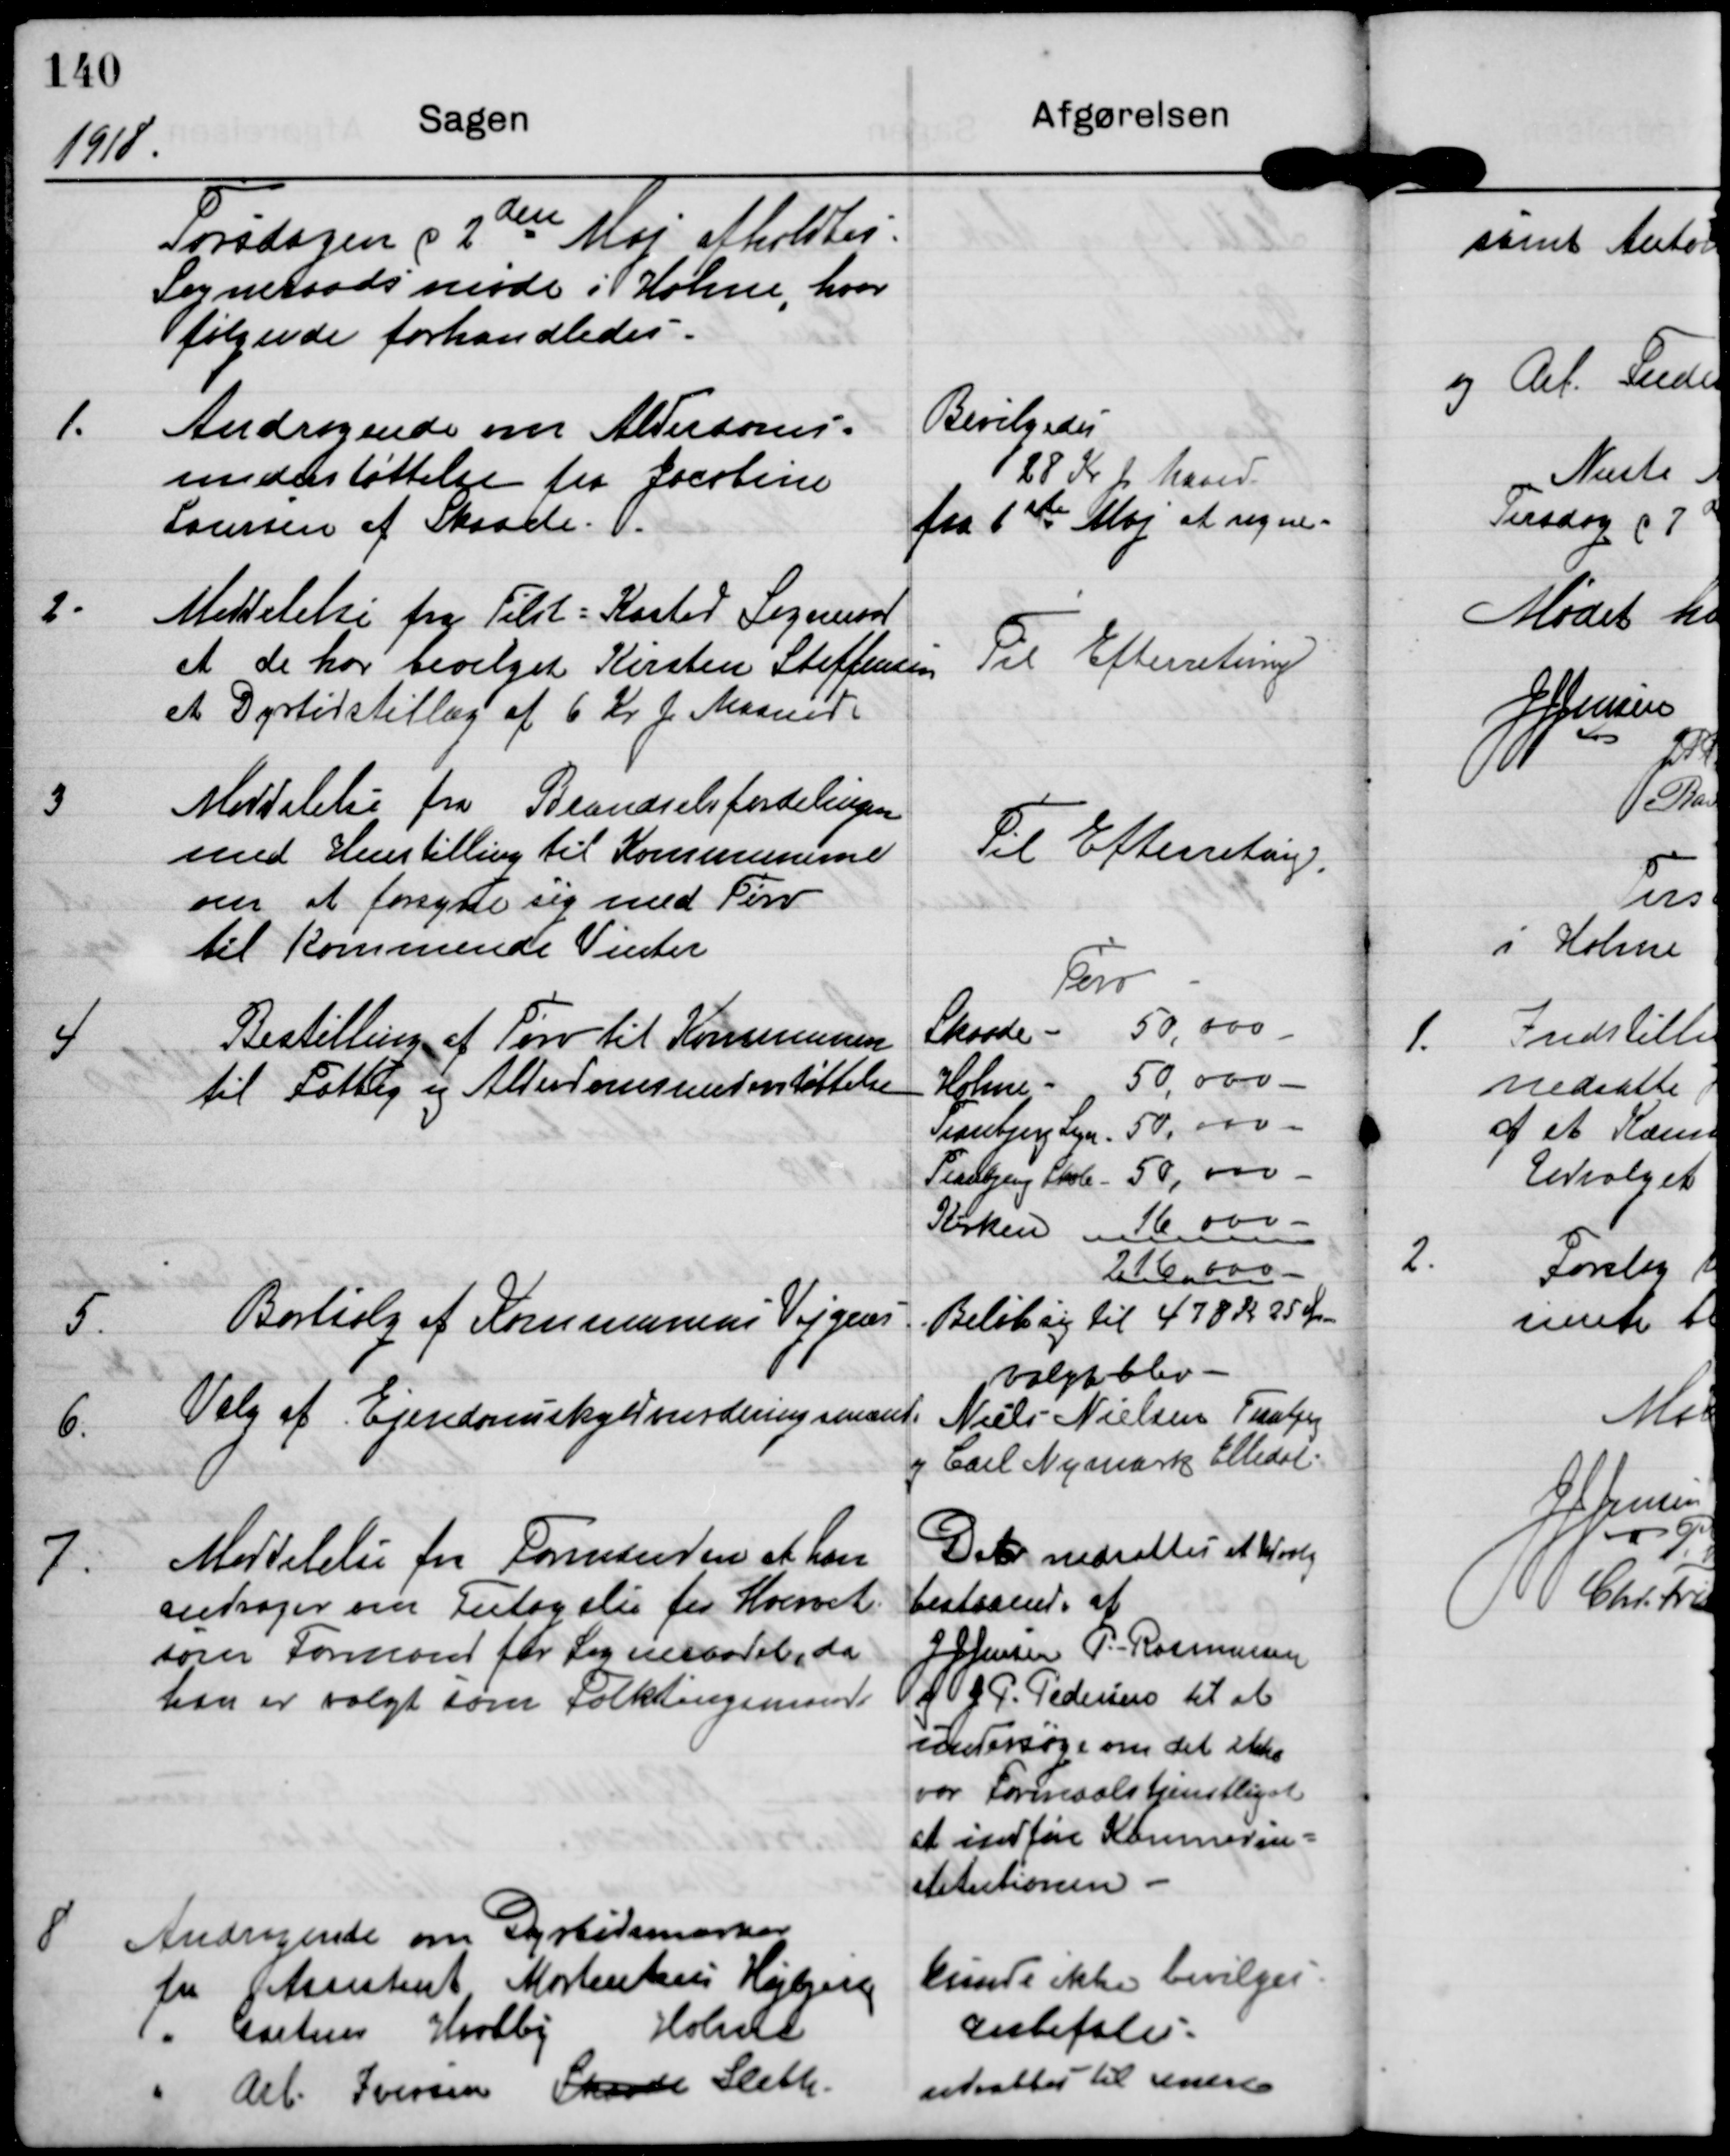
Transskription:
1918.

Torsdagen d 2den Maj afholdtes
Sogneraadsmøde i Holme, hvor
følgende forhandledes.

1.

Andragende om Alderdoms-
understøttelse fra Jacobine
Laursen af Skaade

Bevilgedes
28 Kr p Maaned
fra 1ste Maj at regne

2.

Meddelelse fra Tilst-Kasted Sogneraad
at de har bevilget Kirsten Steffensen
et Dyrtidstillæg af 6 Kr p Maaned.

Til Efterretning

3

Meddelelse fra Brændselsfordelingen
med Henstilling til Kommunerne
om at forsyne sig med Tørv
til Kommende Vinter.

Til Efterretning

4

Bestilling af Tørv til Kommunen
til Fattig og Alderdomsunderstøttelse

Tørv
Skaade - 50,000
Holme - 50,000
Tranbjerg Sogn 50,000
Tranbjerg Skole 50,000
Kirken 16,000
216,000

5.

Bortsalg af Kommunens Vejgrus

Beløb sig til 478 Kr 25 Øre

6

Valg af Ejendomskyldvurderingsmand

valgt blev
Niels Nielsen Tranbjerg
Carl Nymark Elledal

7.

Meddelelse fra Formanden at han
andrager om Fritagelse fra Hvervet
som Formand for Sogneraadet, da
han er valgt som Folketingsmand

Der nedsættes Udvalg
bestående af
 JJ Jensen P. Rasmussen
og J P. Pedesen til at
undersøge om det ikke
var Formaalstjenstligt
at indføre Kommunein-
struktionen.

8

Andragende om Dyrtidsmærker
fra Assistent Mortenten Højbjerg
" Gartner Hvolby Holme
" Arb. Iversen Skaade Sleth

Kunde ikke bevilges
anbefales
udsættes til senere